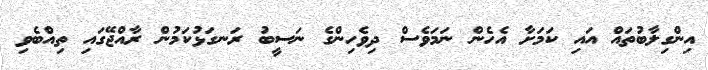
އިންގިލާބުތައް އައި ކަމަށާ އެހެން ނަމަވެސް ދިވެހިންގެ ނަސީބު ރަނގަޅުކަމުން ރާއްޖޭގައި ތިއްބެވި